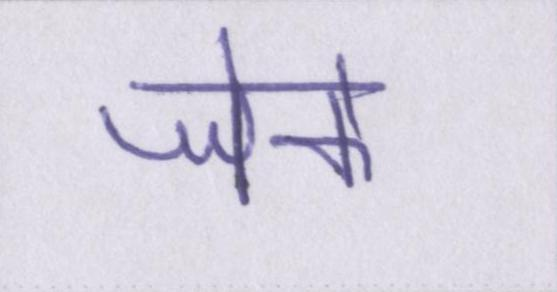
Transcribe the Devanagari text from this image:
जेके